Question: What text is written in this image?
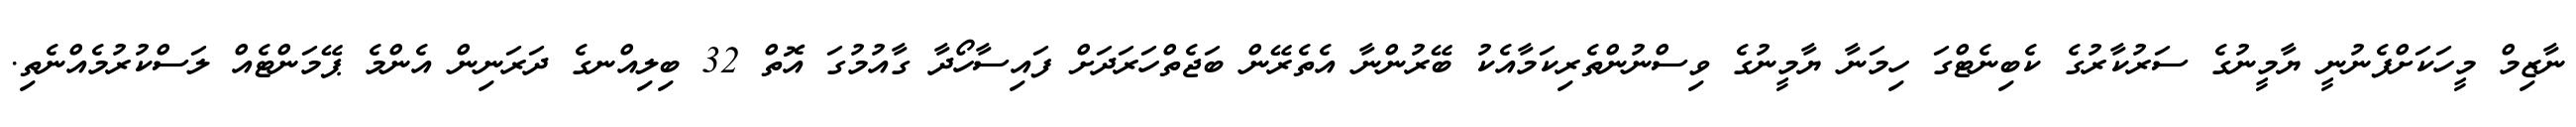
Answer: ނާޒިމް މީހަކަށްފެނުނީ ޔާމީނުގެ ސަރުކާރުގެ ކެބިނެޓްގަ ހިމަނާ ޔާމީނުގެ ވިސްނުންތެރިކަމާއެކު ބޭރުންނާ އެތެރޭން ބަޖެތްހަރަދަށް ފައިސާހޯދާ ގާއުމުގަ އޮތް 32 ބިލިއްނގެ ދަރަނިން އެންމެ ޕޭމަންޓެއް ލަސްކުރުމެއްނެތި.